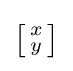
{\bigl [}{\begin{smallmatrix}x\\y\end{smallmatrix}}{\bigr ]}